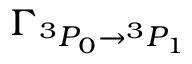
\Gamma _ { { } ^ { 3 } P _ { 0 } \rightarrow { } ^ { 3 } P _ { 1 } }